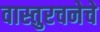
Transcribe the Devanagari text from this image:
वास्तुरचनेचे